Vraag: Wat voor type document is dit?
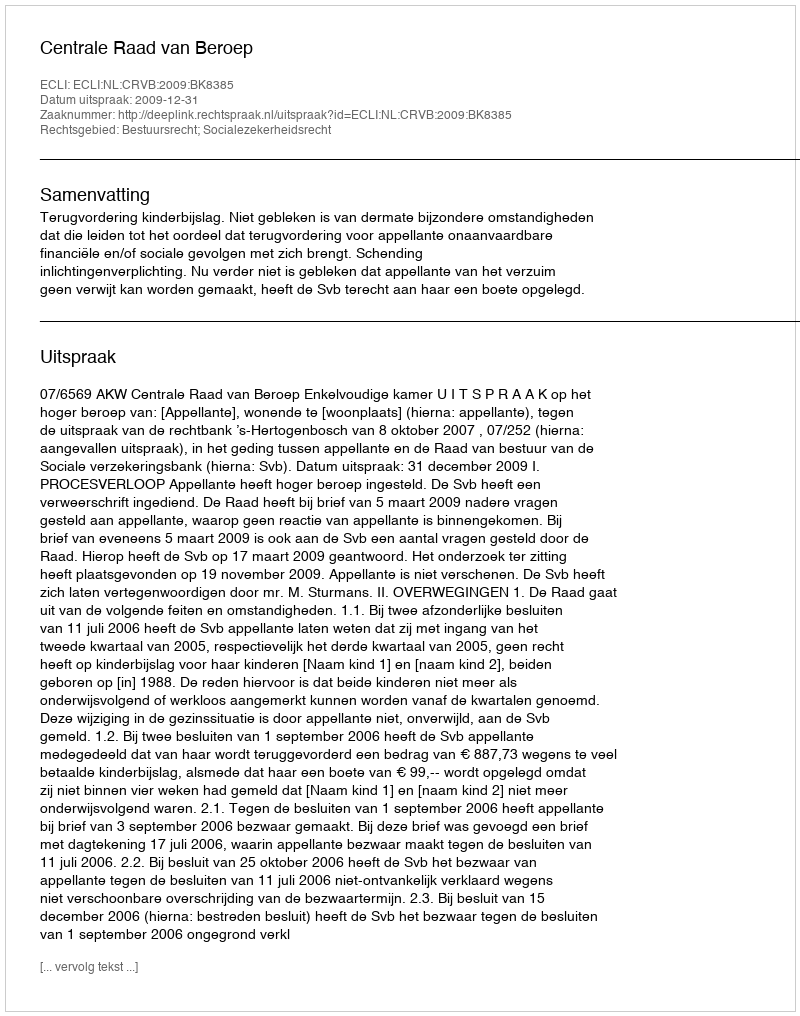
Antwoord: Uitspraak